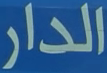
الدار